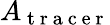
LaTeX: A_{\mathrm{~t~r~a~c~e~r~}}